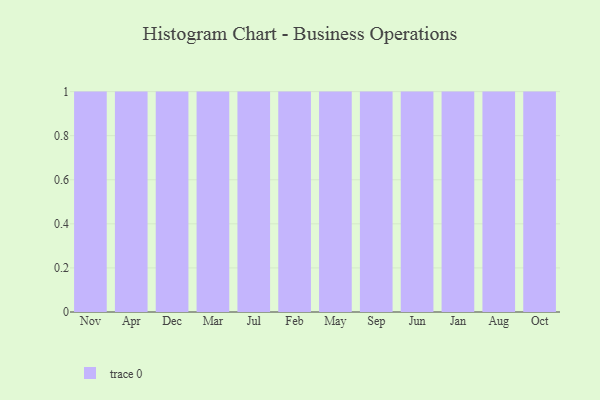
{"axis": {"x": "Month", "y": "Shipments"}, "legend": [""], "data": [{"x": "Nov", "y": 27, "type": ""}, {"x": "Apr", "y": 15, "type": ""}, {"x": "Dec", "y": 29, "type": ""}, {"x": "Mar", "y": 78, "type": ""}, {"x": "Jul", "y": 1, "type": ""}, {"x": "Feb", "y": 92, "type": ""}, {"x": "May", "y": 84, "type": ""}, {"x": "Sep", "y": 54, "type": ""}, {"x": "Jun", "y": 78, "type": ""}, {"x": "Jan", "y": 44, "type": ""}, {"x": "Aug", "y": 14, "type": ""}, {"x": "Oct", "y": 59, "type": ""}]}